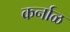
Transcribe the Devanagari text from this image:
कर्नाळ